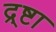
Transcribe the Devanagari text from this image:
द्र्ष्टा